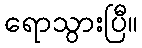
ရောသွားပြီ။